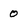
Character: 0